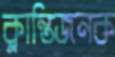
ক্লান্তিজনক